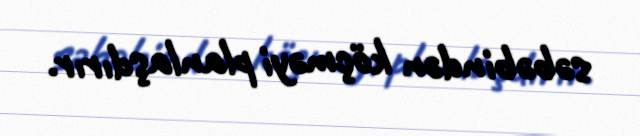
səbəbindən köçməyi planlaşdırır.